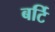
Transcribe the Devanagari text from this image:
बर्टि